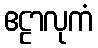
ဧဠာလုကံ